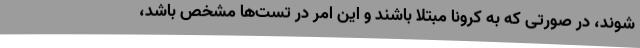
‌شوند، در صورتی که به کرونا مبتلا باشند و این امر در تست‌ها مشخص باشد،